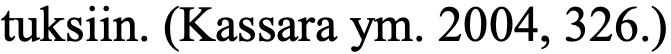
tuksiin. (Kassara ym. 2004, 326.)